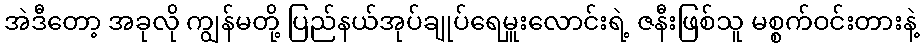
အဲဒီတော့ အခုလို ကျွန်မတို့ ပြည်နယ်အုပ်ချုပ်ရေမှူးလောင်းရဲ့ ဇနီးဖြစ်သူ မစ္စက်ဝင်းတားနဲ့